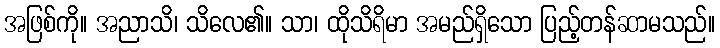
အဖြစ်ကို။ အညာသိ၊ သိလေ၏။ သာ၊ ထိုသိရိမာ အမည်ရှိသော ပြည့်တန်ဆာမသည်။